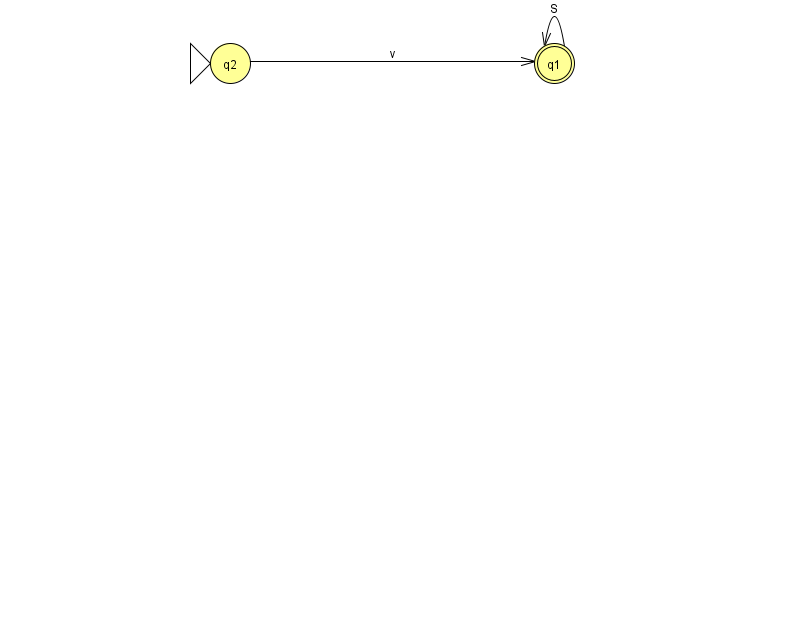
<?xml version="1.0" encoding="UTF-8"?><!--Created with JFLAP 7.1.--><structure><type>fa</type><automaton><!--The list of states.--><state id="1" name="q1"><x>554.0</x><y>50.0</y><final/></state><state id="2" name="q2"><x>230.0</x><y>50.0</y><initial/></state><!--The list of transitions.--><transition><from>2</from><to>1</to><read>v</read></transition><transition><from>1</from><to>1</to><read>S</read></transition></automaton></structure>